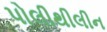
પોલીથીલીન